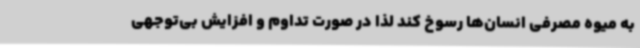
به میوه مصرفی انسان‌ها رسوخ کند لذا در صورت تداوم و افزایش بی‌توجهی